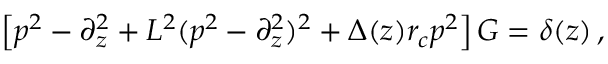
\left[ p ^ { 2 } - \partial _ { z } ^ { 2 } + L ^ { 2 } ( p ^ { 2 } - \partial _ { z } ^ { 2 } ) ^ { 2 } + \Delta ( z ) r _ { c } p ^ { 2 } \right] G = \delta ( z ) \, ,